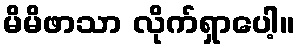
မိမိဖာသာ လိုက်ရှာပေါ့။